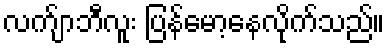
လက်ျာဘီလူး ပြန်မော့နေလိုက်သည်။